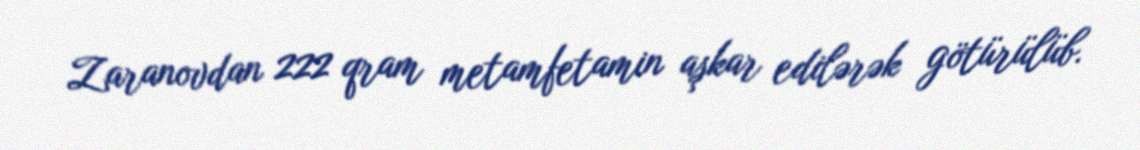
Zaranovdan 222 qram metamfetamin aşkar edilərək götürülüb.